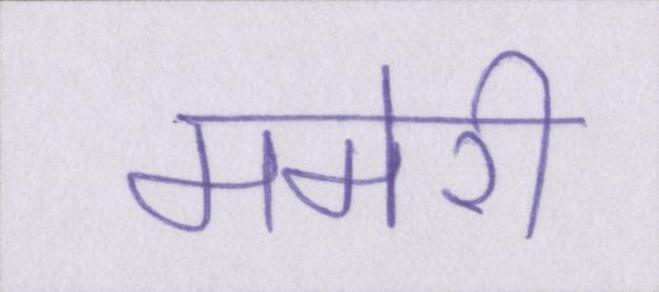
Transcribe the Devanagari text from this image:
ममेरी